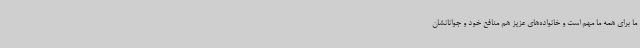
ما برای همه ما مهم است و خانواده‌های عزیز هم منافع خود و جوانانشان